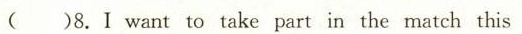
()8.I want to take part in the match this